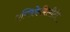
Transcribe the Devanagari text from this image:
एप्लिकेबिलीटी